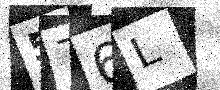
Text: 576L